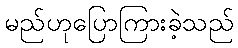
မည်ဟုပြောကြားခဲ့သည်